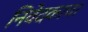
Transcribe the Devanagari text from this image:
निवेदकाचा